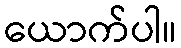
ယောက်ပါ။